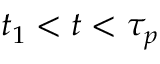
t _ { 1 } < t < \tau _ { p }